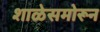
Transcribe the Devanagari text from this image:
शाळेसमोरून